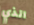
الذي